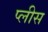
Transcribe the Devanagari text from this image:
प्लीस